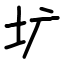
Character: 圹